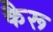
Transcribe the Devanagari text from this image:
कैरू